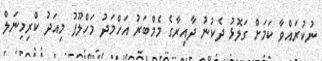
ނުކުރައްވާ ކަމަށް ގަލޮޅު ދެކުނު ދާއިރާގެ މެމްބަރު އަހްމަދު މަހްލޫފު މިއަދު ކްރިމިނަލް